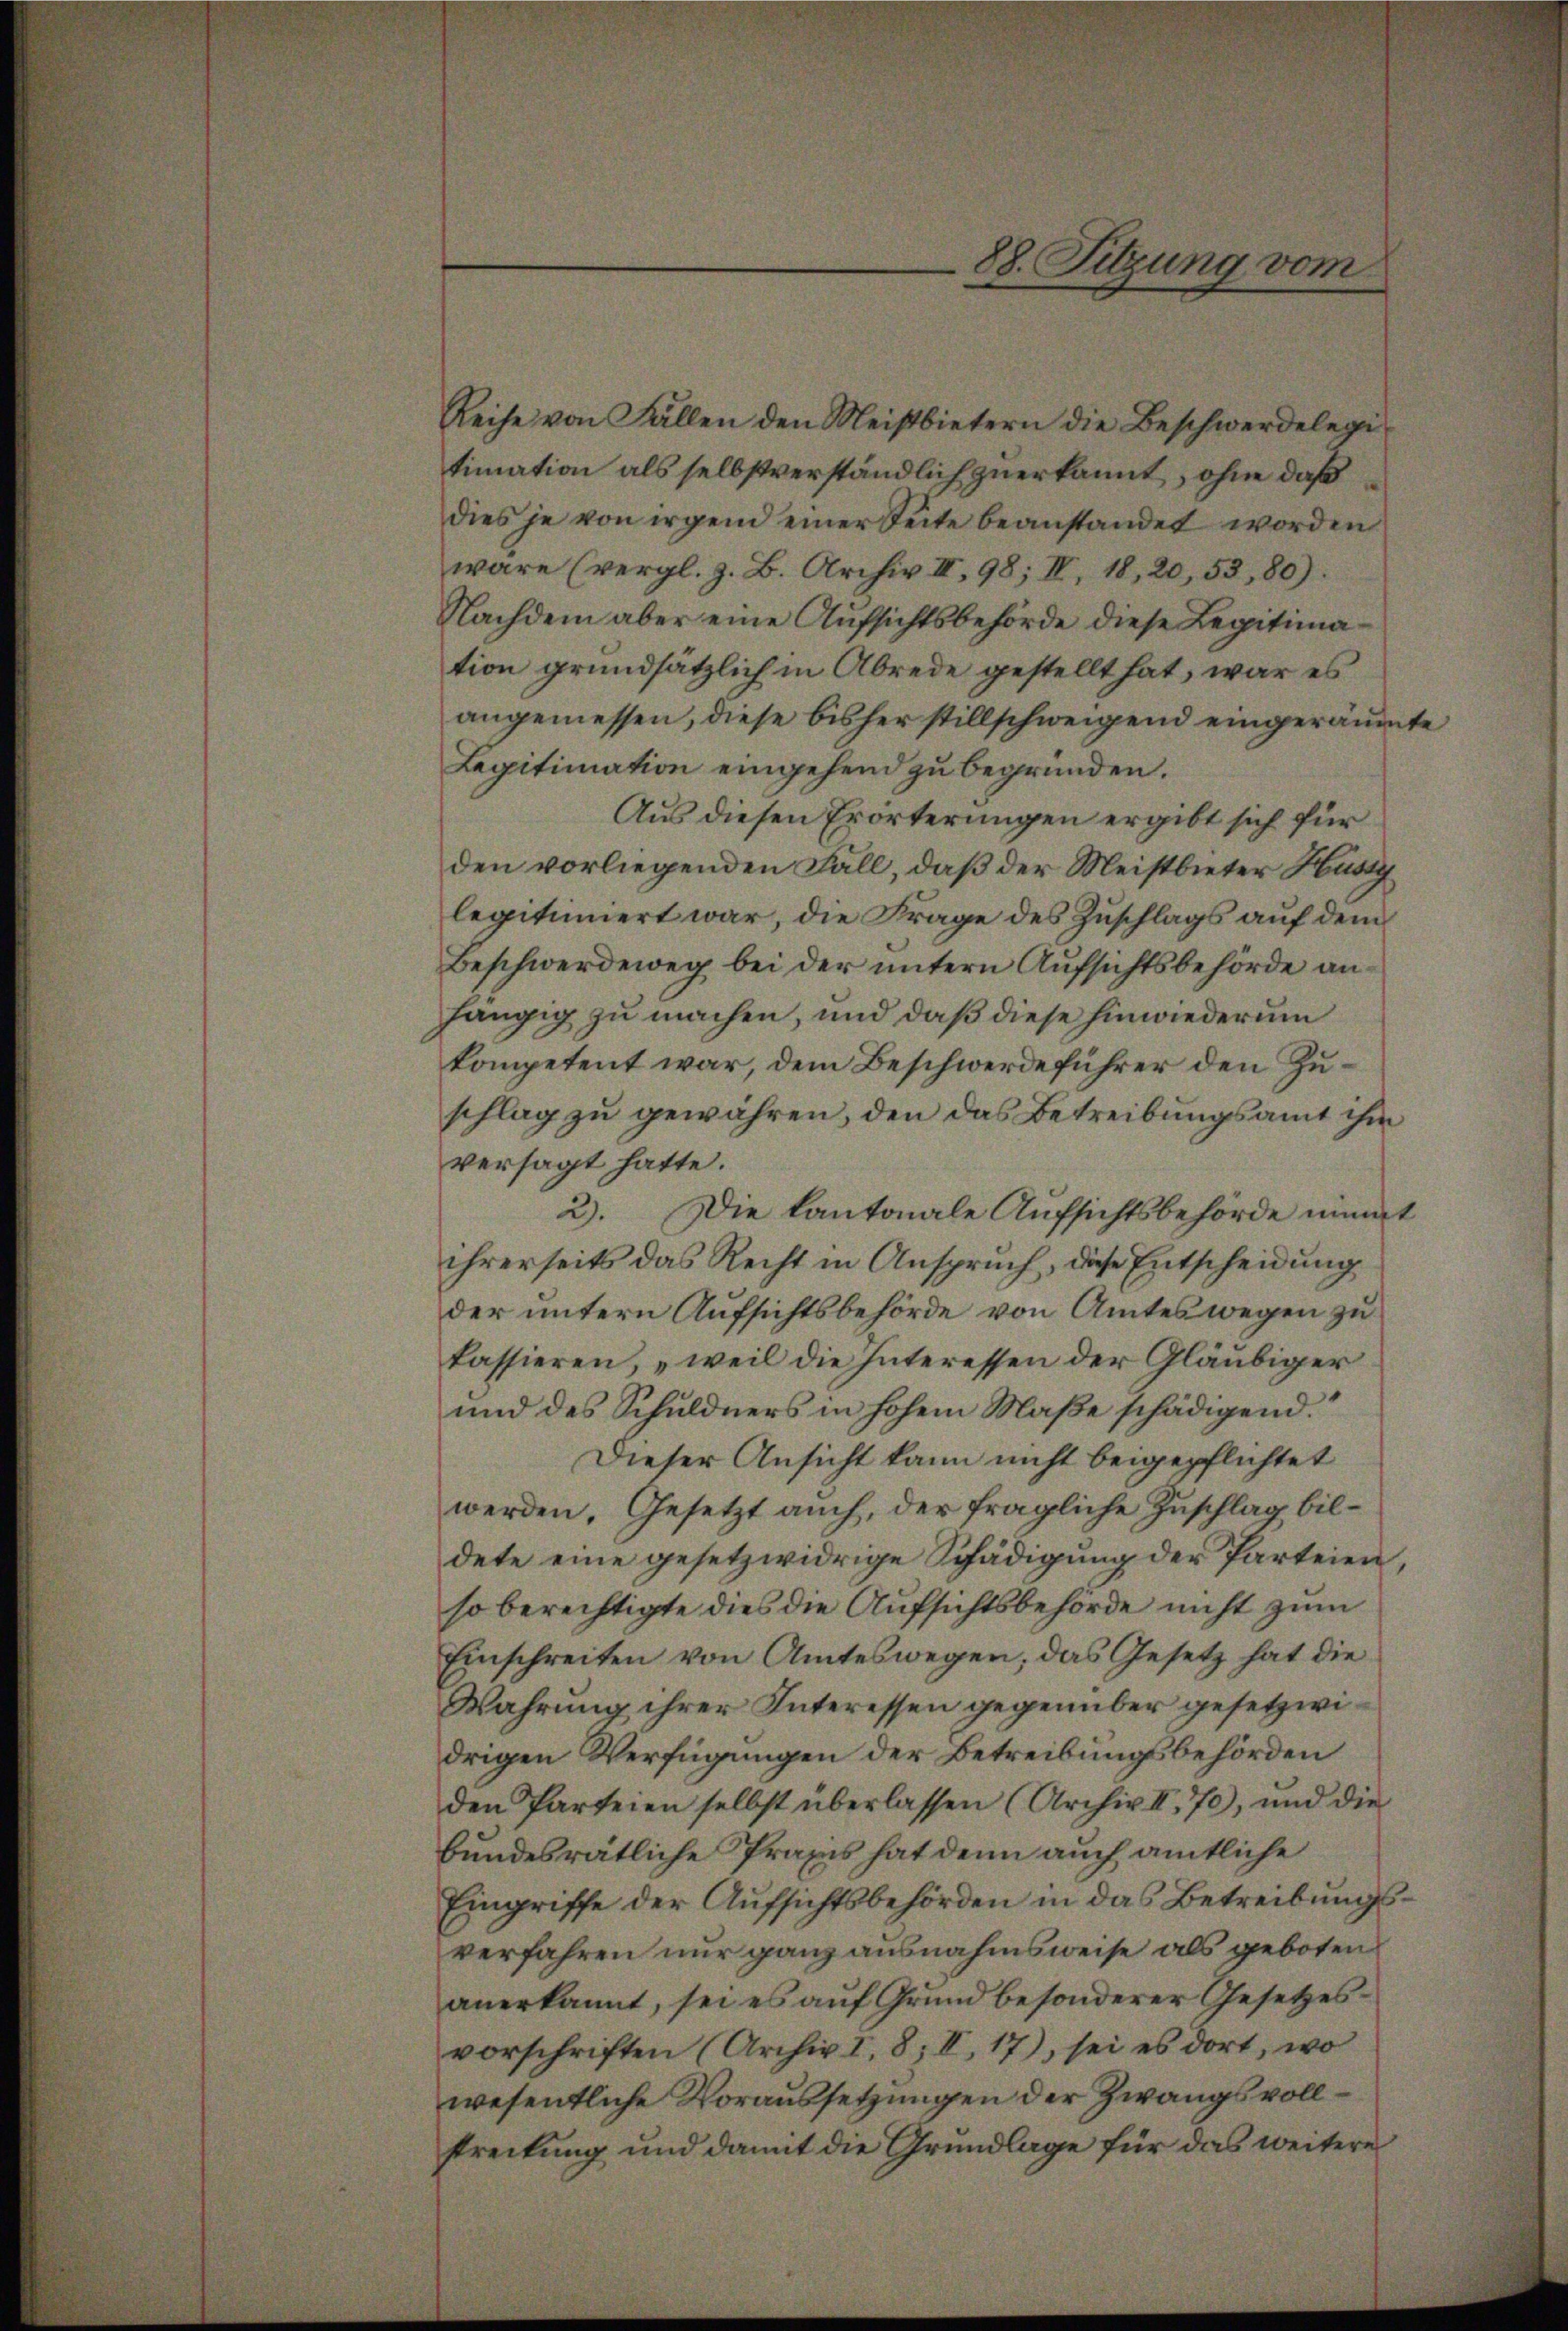
88. Sitzung vom

Reihe von Fällen den Meistbietern die Beschwerdelegi-
timation als selbstverständlich zuerkannt, ohne daß
dies je von irgen einer Seite beanstandet worden
wäre (vergl. z. B. Archiv III, 98; II, 18, 20, 53, 80).
Nachdem aber eine Aufsichtsbehörde diese Legitimation grundsätzlich in Abrede gestellt hat, war es
angemessen, diese bisher stillschweigend eingeräumte
Legitimation eingehend zu begründen.
Aus diesen Erörterungen ergibt sich für
den vorliegenden Fall, daß der Meistbieter Hust
legitimiert war, die Frage des Zuschlags auf dem
Beschwerdeweg bei der untern Aufsichtsbehörde anhängig zu machen, und daß diese hinwiederum
kompetent war, dem Beschwerde führer den Zuschlag zu gewähren, den das Betreibungsamt ihm
versagt hatte.
2). Die Kantonale Aufsichtsbehörde nimmt
ihrerseits das Recht in Anspruch, diese Entscheidung
der untern Aufsichtsbehörde von Amtes wegen zu
kassieren, „weil die Interessen der Gläubiger
und des Schuldners in hohem Maße schädigend.
Dieser Ansicht kann nicht beigepflichtet
werden, Gesetzt auch, der fragliche Zuschlag bildete eine gesetzwidrige Schädigung der Parteien
so berechtigte dies die Aufsichtsbehörde nicht zum
Einschreiten von Amteswegen; das Gesetz hat die
Wahrung ihrer Interessen gegenüber gesetzwidrigen Verfügungen der Betreibungsbehörden
den Parteien selbst überlassen (Archiv III. 70), und die
bundesrätliche Praxis hat denn auch amtliche
Eingriffe der Aufsichtsbehörden in das Betreibungsverfahren nur ganz ausnahmsweise als geboten
anerkannt, sei es auf Grund besonderer Gesetzesvorschriften (Archiv I. 8; II. 17), sei es dort, wo
wesentliche Voraussetzungen der Zwangsvollstreitung und damit die Grundlage für das weitere